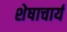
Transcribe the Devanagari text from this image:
शेषाचार्य